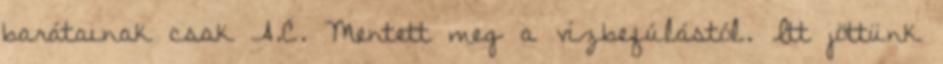
barátainak csak A.C. Mentett meg a vízbefúlástól. Itt jöttünk